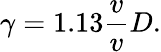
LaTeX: \gamma=1.13\frac{v}{v}{{D}}.